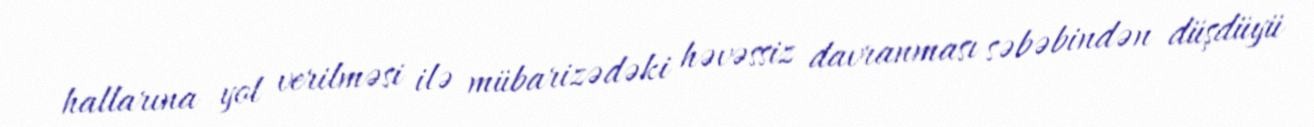
hallarına yol verilməsi ilə mübarizədəki həvəssiz davranması səbəbindən düşdüyü